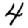
Digit: 4